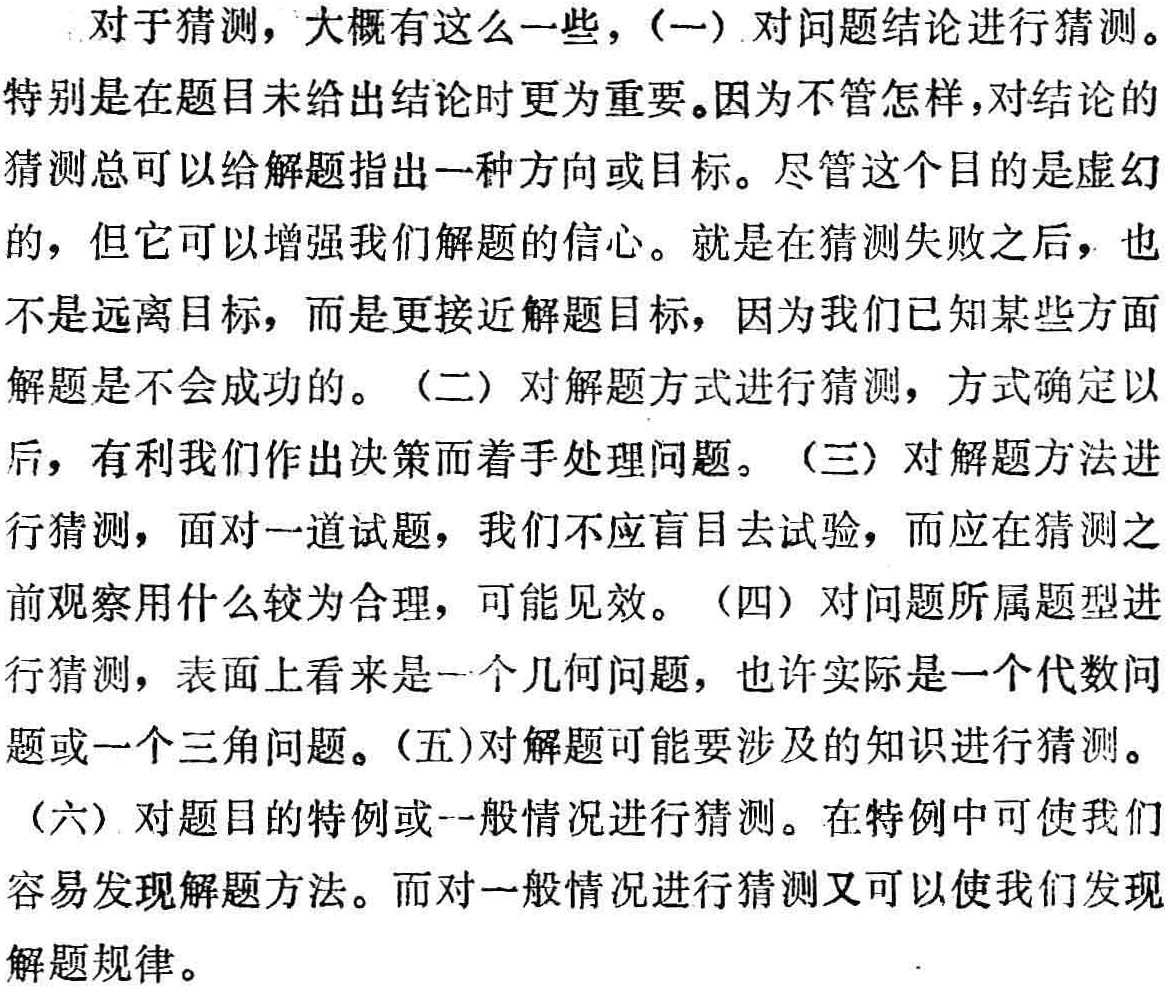
对于猜测，大概有这么一些，(一) 对问题结论进行猜测。特别是在题目未给出结论时更为重要。因为不管怎样，对结论的猜测总可以给解题指出一种方向或目标。尽管这个目的是虚幻的，但它可以增强我们解题的信心。就是在猜测失败之后，也不是远离目标，而是更接近解题目标，因为我们已知某些方面解题是不会成功的。（二）对解题方式进行猜测，方式确定以后，有利我们作出决策而着手处理问题。（三）对解题方法进行猜测，面对一道试题，我们不应盲目去试验，而应在猜测之前观察用什么较为合理，可能见效。（四）对问题所属题型进行猜测，表面上看来是一个几何问题，也许实际是一个代数问题或一个三角问题。(五)对解题可能要涉及的知识进行猜测。（六）对题目的特例或一般情况进行猜测。在特例中可使我们容易发现解题方法。而对一般情况进行猜测又可以使我们发现解题规律。